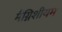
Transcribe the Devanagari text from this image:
मैग्निशीयम